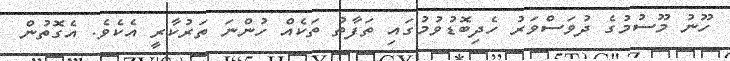
ހޫނު މޫސުމުގެ ދުވަސްވަރު ހެދިބޮޑުވުމުގައި ތަފާތު ތަކެއް ހުންނަ ތަރުކާރީ އެކެވެ. އެގޮތުން